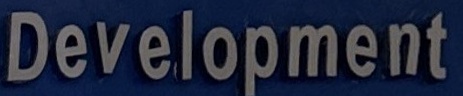
Development